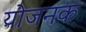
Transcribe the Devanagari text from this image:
योजनक